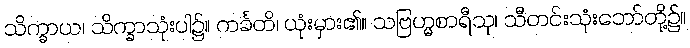
သိက္ခာယ၊ သိက္ခာသုံးပါ၌။ ကင်္ခတိ၊ ယုံးမှား၏။ သဗြဟ္မစာရီသု၊ သီတင်းသုံးဘော်တို့၌။